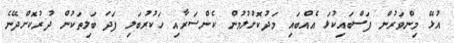
އުޅޭ މިންވަރުން ފަސްބައިކުޅަ އެއްބައި މަދުކޮށްލުމުން ކެންސަރާއި ހަކުރުބަލި ފަދަ ބަލިތަކުން ދުރުކޮށްދޭނެ